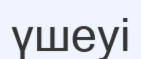
үшеуі